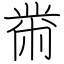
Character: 黹